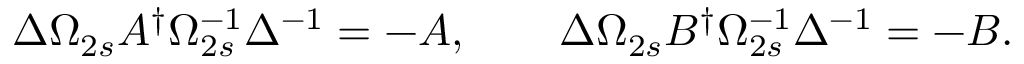
\Delta \Omega _ { 2 s } A ^ { \dagger } \Omega _ { 2 s } ^ { - 1 } \Delta ^ { - 1 } = - A , \qquad \Delta \Omega _ { 2 s } B ^ { \dagger } \Omega _ { 2 s } ^ { - 1 } \Delta ^ { - 1 } = - B .